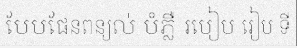
បែបផែនពន្យល់ បំភ្លឺ របៀប រៀប ទី